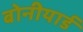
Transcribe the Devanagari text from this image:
बोनीयार्ड